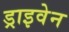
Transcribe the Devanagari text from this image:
ड्राइवेन